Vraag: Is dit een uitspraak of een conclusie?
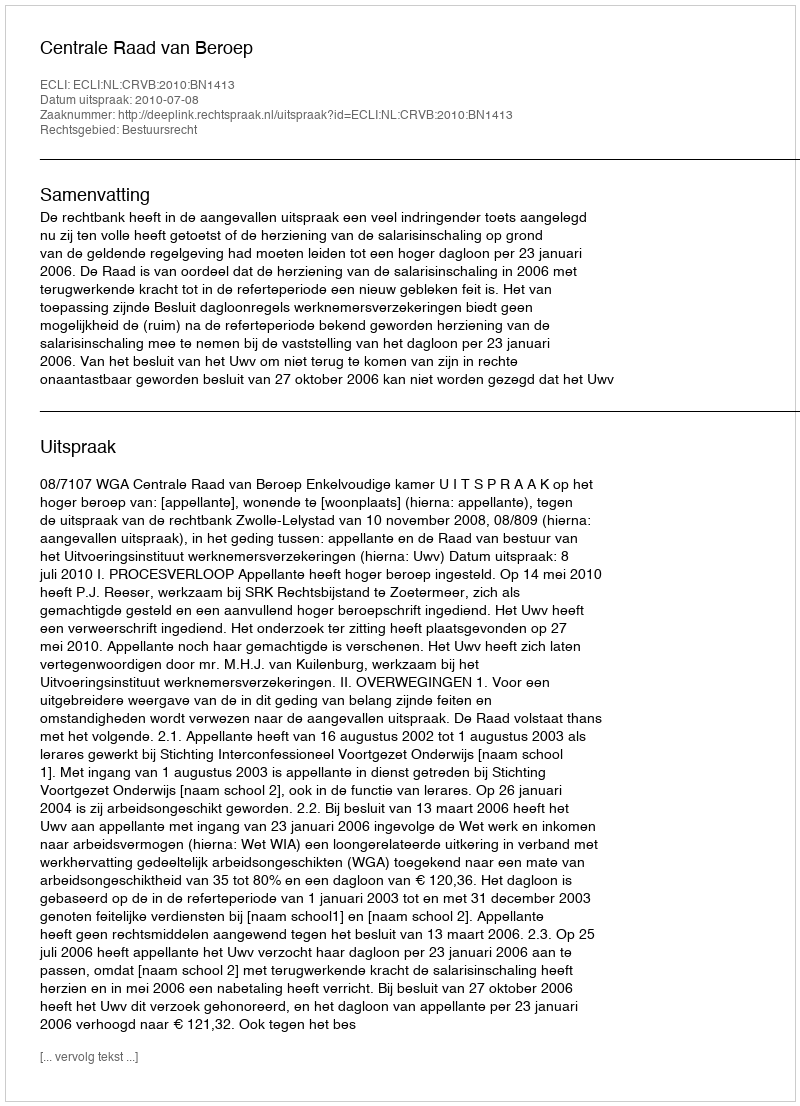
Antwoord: Uitspraak